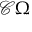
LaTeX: { \mathcal { C } } \Omega